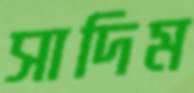
সাদিম